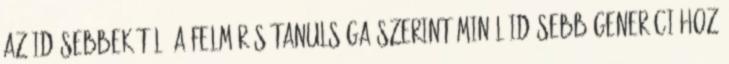
az idősebbekétől. A felmérés tanulsága szerint minél idősebb generációhoz